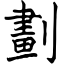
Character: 劃